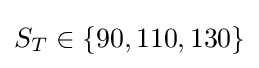
S_{T}\in \{90,110,130\}